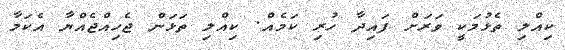
ކިއްލި ތެޅުމަކީ ވަރަށް ފައިދާ ހުރި ކަމެއް. ކިއްލި ތަޅަން ޖެހިއްޖެއްޔާ އެކަމާ